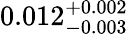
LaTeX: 0.012_{-0.003}^{+0.002}